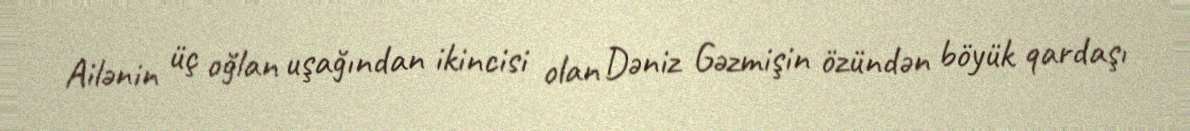
Ailənin üç oğlan uşağından ikincisi olan Dəniz Gəzmişin özündən böyük qardaşı